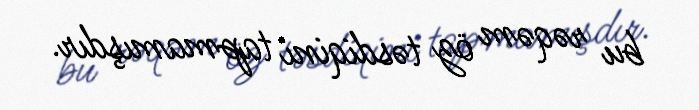
bu rəqəm öz təsdiqini tapmamışdır.